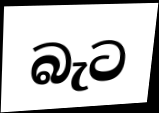
බැට